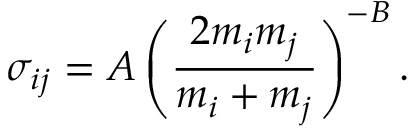
\sigma _ { i j } = A \left( \frac { 2 m _ { i } m _ { j } } { m _ { i } + m _ { j } } \right) ^ { - B } .